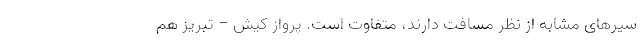
سیرهای مشابه از نظر مسافت دارند، متفاوت است. پرواز کیش – تبریز هم